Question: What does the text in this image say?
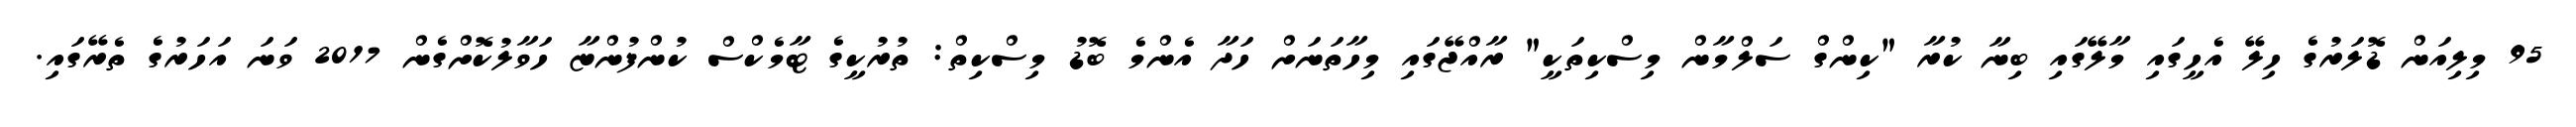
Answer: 95 މިލިއަން ޑޮލަރުގެ ހިލޭ އެހީގައި މާލޭގައި ބިނާ ކުރާ "ކިންގް ސަލްމާން މިސްކިތަކީ" ރާއްޖޭގައި މިހާތަނަށް ހަދާ އެންމެ ބޮޑު މިސްކިތް: ތުރުކީގެ ޓާމެކްސް ކުންފުންޏާ ހަވާލުކޮށްގެން 2017 ވަނަ އަހަރުގެ ތެރޭގައި.